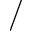
/